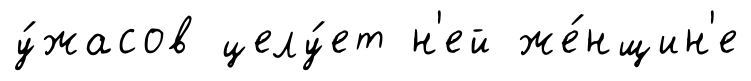
у́жасов целу́ет н'ей же́нщин'е